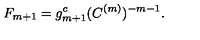
F _ { m + 1 } = g _ { m + 1 } ^ { c } ( C ^ { ( m ) } ) ^ { - m - 1 } .